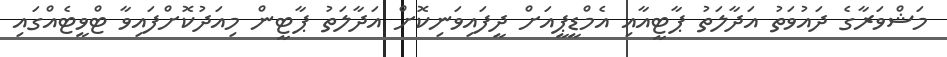
މަޝްވަރާގެ ދައުވަތު އަދާލަތު ޕާޓީއާއި އެމްޑީޕީއަށް ދީފައިވަނިކޮށް އަދާލަތު ޕާޓީން މިއަދުކޮށްފައިވާ ޓްވީޓެއްގައި